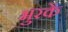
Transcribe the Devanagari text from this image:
भुरकें